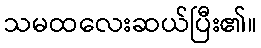
သမထလေးဆယ်ပြီး၏။